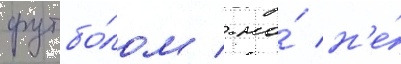
футбо́лом / но́ н'е́